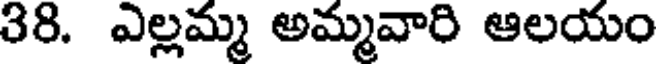
38. ఎల్లమ్మ అమ్మవారి ఆలయం